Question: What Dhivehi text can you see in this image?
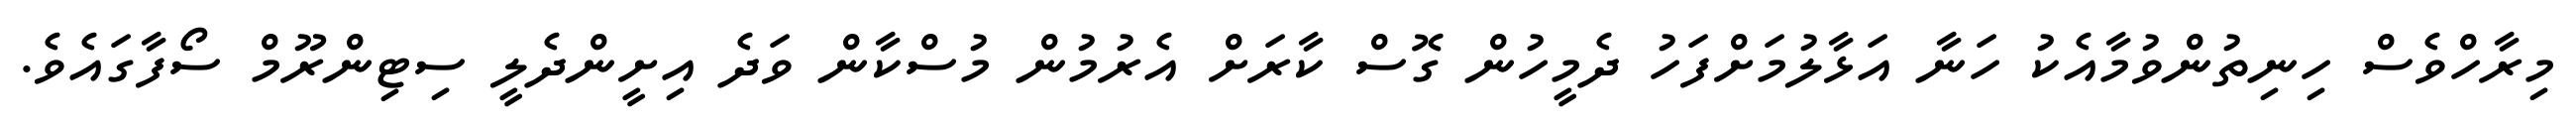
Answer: މިރާހްވެސް ހިނިތުންވުމާއެކު ހަނާ އަޅާލުމަށްފަހު ދެމީހުން ގޮސް ކާރަށް އެރުމުން މުސްކާން ވަދެ އިށީންދެލީ ސިޓިންރޫމް ސޯފާގައެވެ.